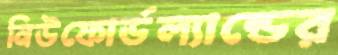
নিউফোর্ডল্যান্ডের